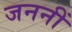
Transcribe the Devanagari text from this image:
जननीं